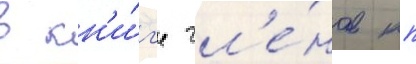
в кн'и́г'е чл'е́нов кп